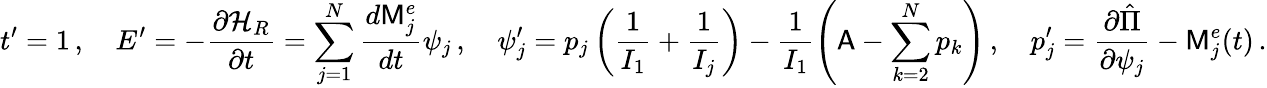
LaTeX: t^{\prime}=1\, ,\quad E^{\prime}=-\frac{\partial\mathcal{H}_{R}}{\partial t}=\sum_{j=1}^{N}\frac{d\mathsf{M}_{j}^{e}}{dt}\psi_{j}\, ,\quad\psi_{j}^{\prime}=p_{j}\left(\frac{1}{I_{1}}+\frac{1}{I_{j}}\right)-\frac{1}{I_{1}}\left(\mathsf{A}-\sum_{k=2}^{N}p_{k}\right)\, ,\quad p_{j}^{\prime}=\frac{\partial\hat{\Pi}}{\partial\psi_{j}}-\mathsf{M}_{j}^{e}(t)\, .